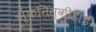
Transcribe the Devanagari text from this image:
स्फेनिस्कीडाई